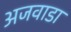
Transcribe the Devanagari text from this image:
अजवाडा